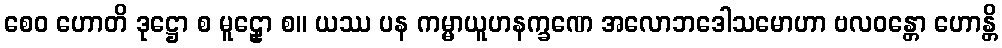
စေဝ ဟောတိ ဒုဋ္ဌော စ မူဠှော စ။ ယဿ ပန ကမ္မာယူဟနက္ခဏေ အလောဘဒေါသမောဟာ ဗလဝန္တော ဟောန္တိ